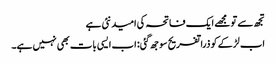
تجھ سے تو مجھے ایک فاتحہ کی امید نئی ہے
اب لڑکے کو ذرا تفریح سوجھ گئی: اب ایسی بات بھی نہیں ہے۔